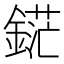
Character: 𲇗